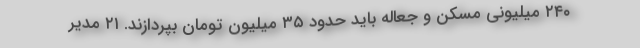
۲۴۰ میلیونی مسکن و جعاله باید حدود ۳۵ میلیون تومان بپردازند. ۲۱ مدیر